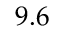
9 . 6